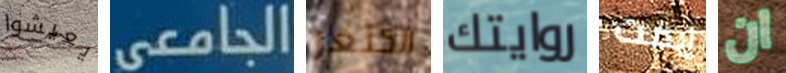
يعيشوا الجامعى الكنغر روايتك إيمت ان